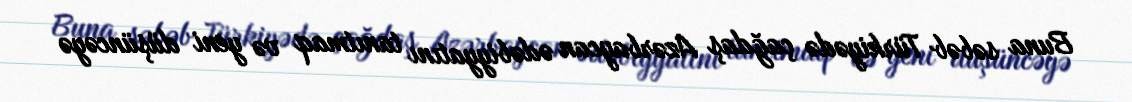
Buna səbəb Türkiyədə çağdaş Azərbaycan ədəbiyyatını tanıtmaq və yeni düşüncəyə